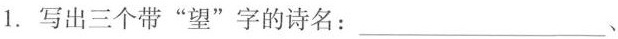
1. 写出三个带“望”字的诗名：___、